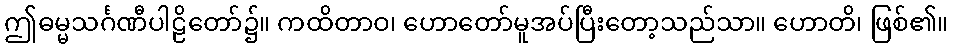
ဤဓမ္မသင်္ဂဏီပါဠိတော်၌။ ကထိတာဝ၊ ဟောတော်မူအပ်ပြီးတော့သည်သာ။ ဟောတိ၊ ဖြစ်၏။